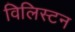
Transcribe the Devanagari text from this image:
विलिस्टन